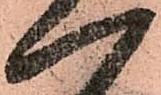
一